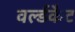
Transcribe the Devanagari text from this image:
वर्ल्डकैट